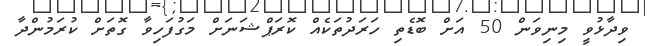
ވިދާޅުވީ މިނިވަން 50 އަށް ބޮޑެތި ހަރަދުތަކެއް ކޮރަޕްޝަނަށް މަގުފަހިވާ ގޮތަށް ކުރަމުންދާ